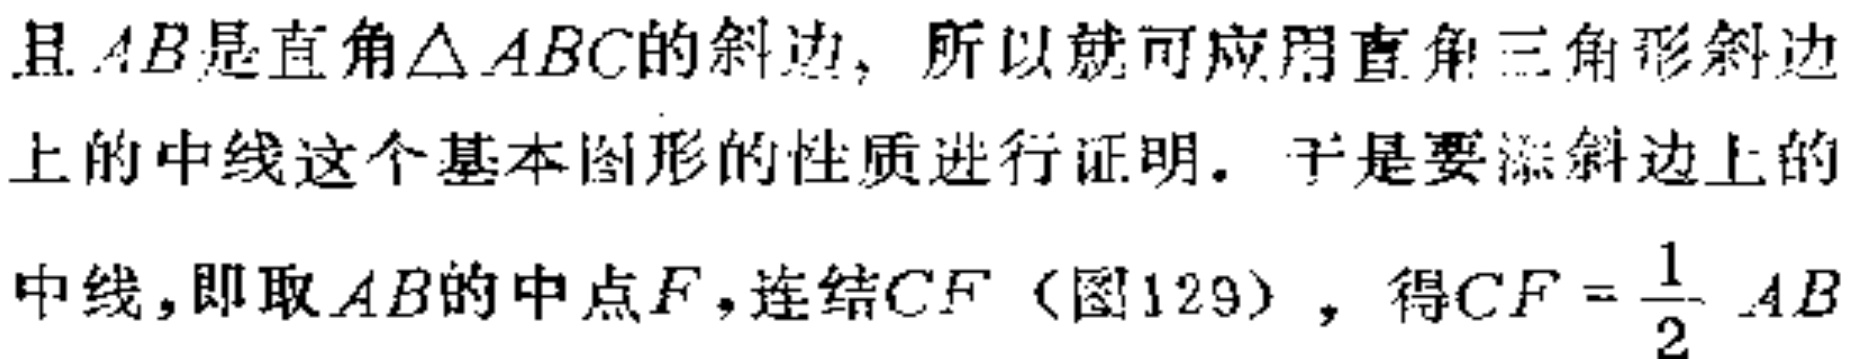
且 \(AB\)是直角\(\triangle ABC\)的斜边，所以就可应用直角三角形斜边上的中线这个基本图形的性质进行证明。于是要添斜边上的中线，即取 \(AB\)的中点\(F\)，连结\(CF\)（图129），得\(CF = \dfrac{1}{2} AB\)